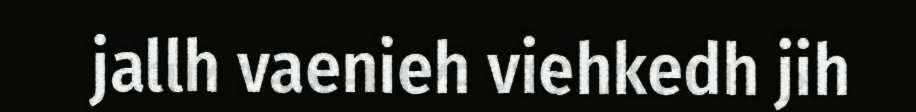
jallh vaenieh viehkedh jih